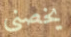
يخصنى